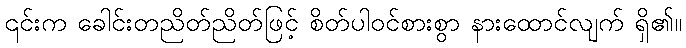
၎င်းက ခေါင်းတညိတ်ညိတ်ဖြင့် စိတ်ပါဝင်စားစွာ နားထောင်လျက် ရှိ၏။